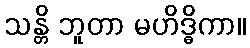
သန္တိ ဘူတာ မဟိဒ္ဓိကာ။